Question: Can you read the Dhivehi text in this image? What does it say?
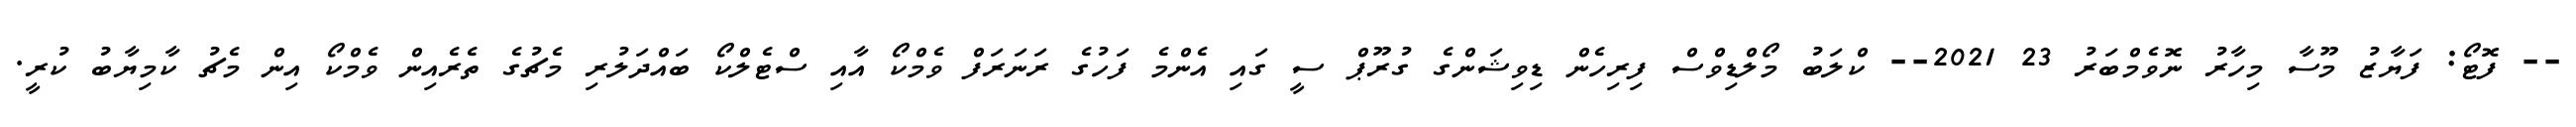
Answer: -- ފޮޓޯ: ފަޔާޒު މޫސާ މިހާރު ނޮވެމްބަރު 23 2021-- ކްލަބު މޯލްޑިވްސް ފިރިހެން ޑިވިޝަންގެ ގުރޫޕް ސީ ގައި އެންމެ ފަހުގެ ރަނަރަފް ވެމްކޯ އާއި ސްޓެލްކޯ ބައްދަލުރި މެޗުގެ ތެރެއިން ވެމްކޯ އިން މެޗު ކާމިޔާބު ކުރީ.